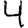
Digit: 4